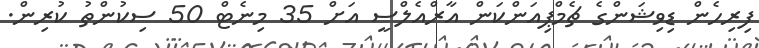
ފިރިހެން ޑިވިޝަންގެ ޗެމްޕިއަންކަން އާރްއެލްސީ އަށް 35 މިނެޓް 50 ސިކުންތު ކުރިން.